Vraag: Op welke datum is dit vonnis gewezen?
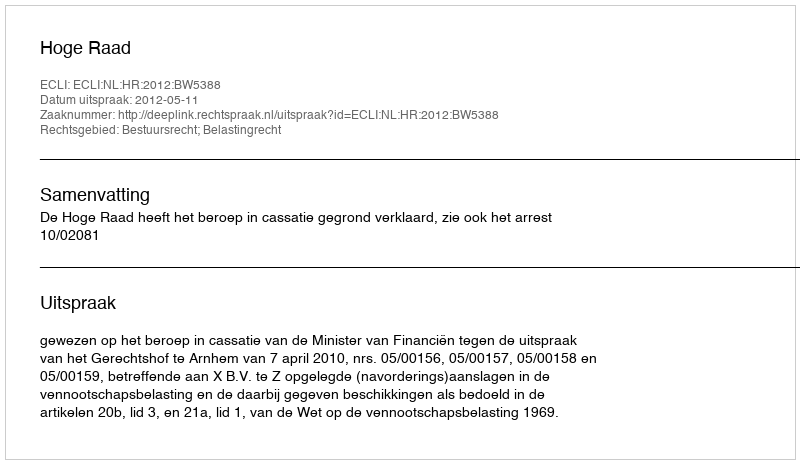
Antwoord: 2012-05-11